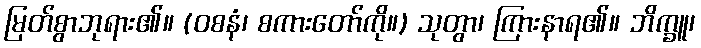
မြတ်စွာဘုရား၏။ (ဝစနံ၊ စကားတော်ကို။) သုတွာ၊ ကြားနာရ၏။ ဘိက္ခူ၊